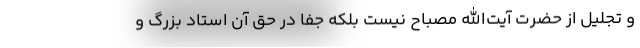
و تجلیل از حضرت آیت‌الله مصباح نیست بلکه جفا در حق آن استاد بزرگ و